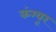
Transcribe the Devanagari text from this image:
कंग्‍यूर